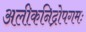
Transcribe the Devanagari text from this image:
अलीकनिद्रोपगमः